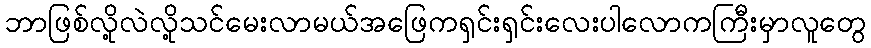
ဘာဖြစ်လို့လဲလို့သင်မေးလာမယ်အဖြေကရှင်းရှင်းလေးပါလောကကြီးမှာလူတွေ